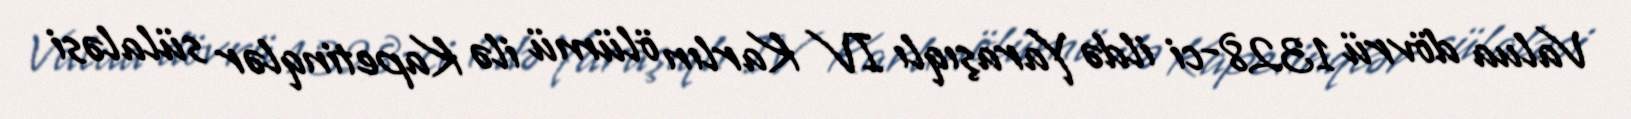
Valua dövrü 1328-ci ildə Yaraşıqlı IV Karlın ölümü ilə Kapetinqlər sülaləsi